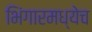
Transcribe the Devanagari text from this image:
भिंगारमध्येच